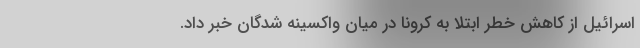
اسرائیل از کاهش خطر ابتلا به کرونا در میان واکسینه شدگان خبر داد.